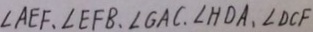
\angle A E F , \angle E F B , \angle G A C , \angle H D A , \angle D C F